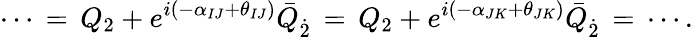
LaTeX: \cdots\, =\, Q_{2}+e^{i(-\alpha_{IJ}+\theta_{IJ})}\bar{Q}_{\dot{2}}\, =\, Q_{2}+e^{i(-\alpha_{JK}+\theta_{JK})}\bar{Q}_{\dot{2}}\, =\, \cdots.